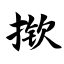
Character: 揿